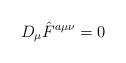
LaTeX: \begin{align*}D_\mu \hat F^{a\mu\nu} = 0 \end{align*}